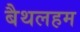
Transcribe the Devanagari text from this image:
बैथलहम